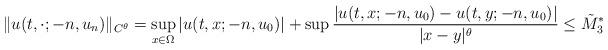
LaTeX: \begin{align*} \|u(t,\cdot;-n,u_n)\|_{C^{\theta}} =\sup_{x \in \Omega}{|u(t,x;-n,u_0)|} + \sup{\frac{|u(t,x;-n,u_0)-u(t,y;-n,u_0)|}{|x-y|^{\theta}}} \le \tilde M_3^*\end{align*}